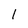
Character: 1